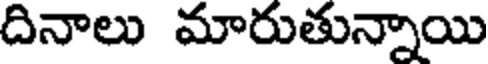
దినాలు మారుతున్నాయి